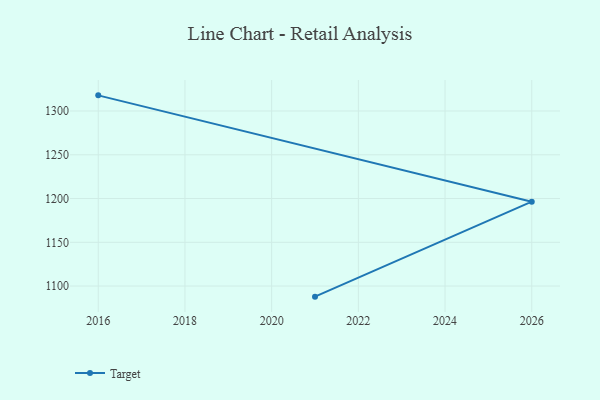
{"axis": {"x": "Year", "y": "LTV (USD)"}, "legend": ["Target"], "data": [{"x": "2016", "y": 1317.9, "type": "Target"}, {"x": "2026", "y": 1196.4, "type": "Target"}, {"x": "2021", "y": 1087.9, "type": "Target"}]}